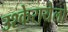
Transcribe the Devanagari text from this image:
उश्केरायेलो